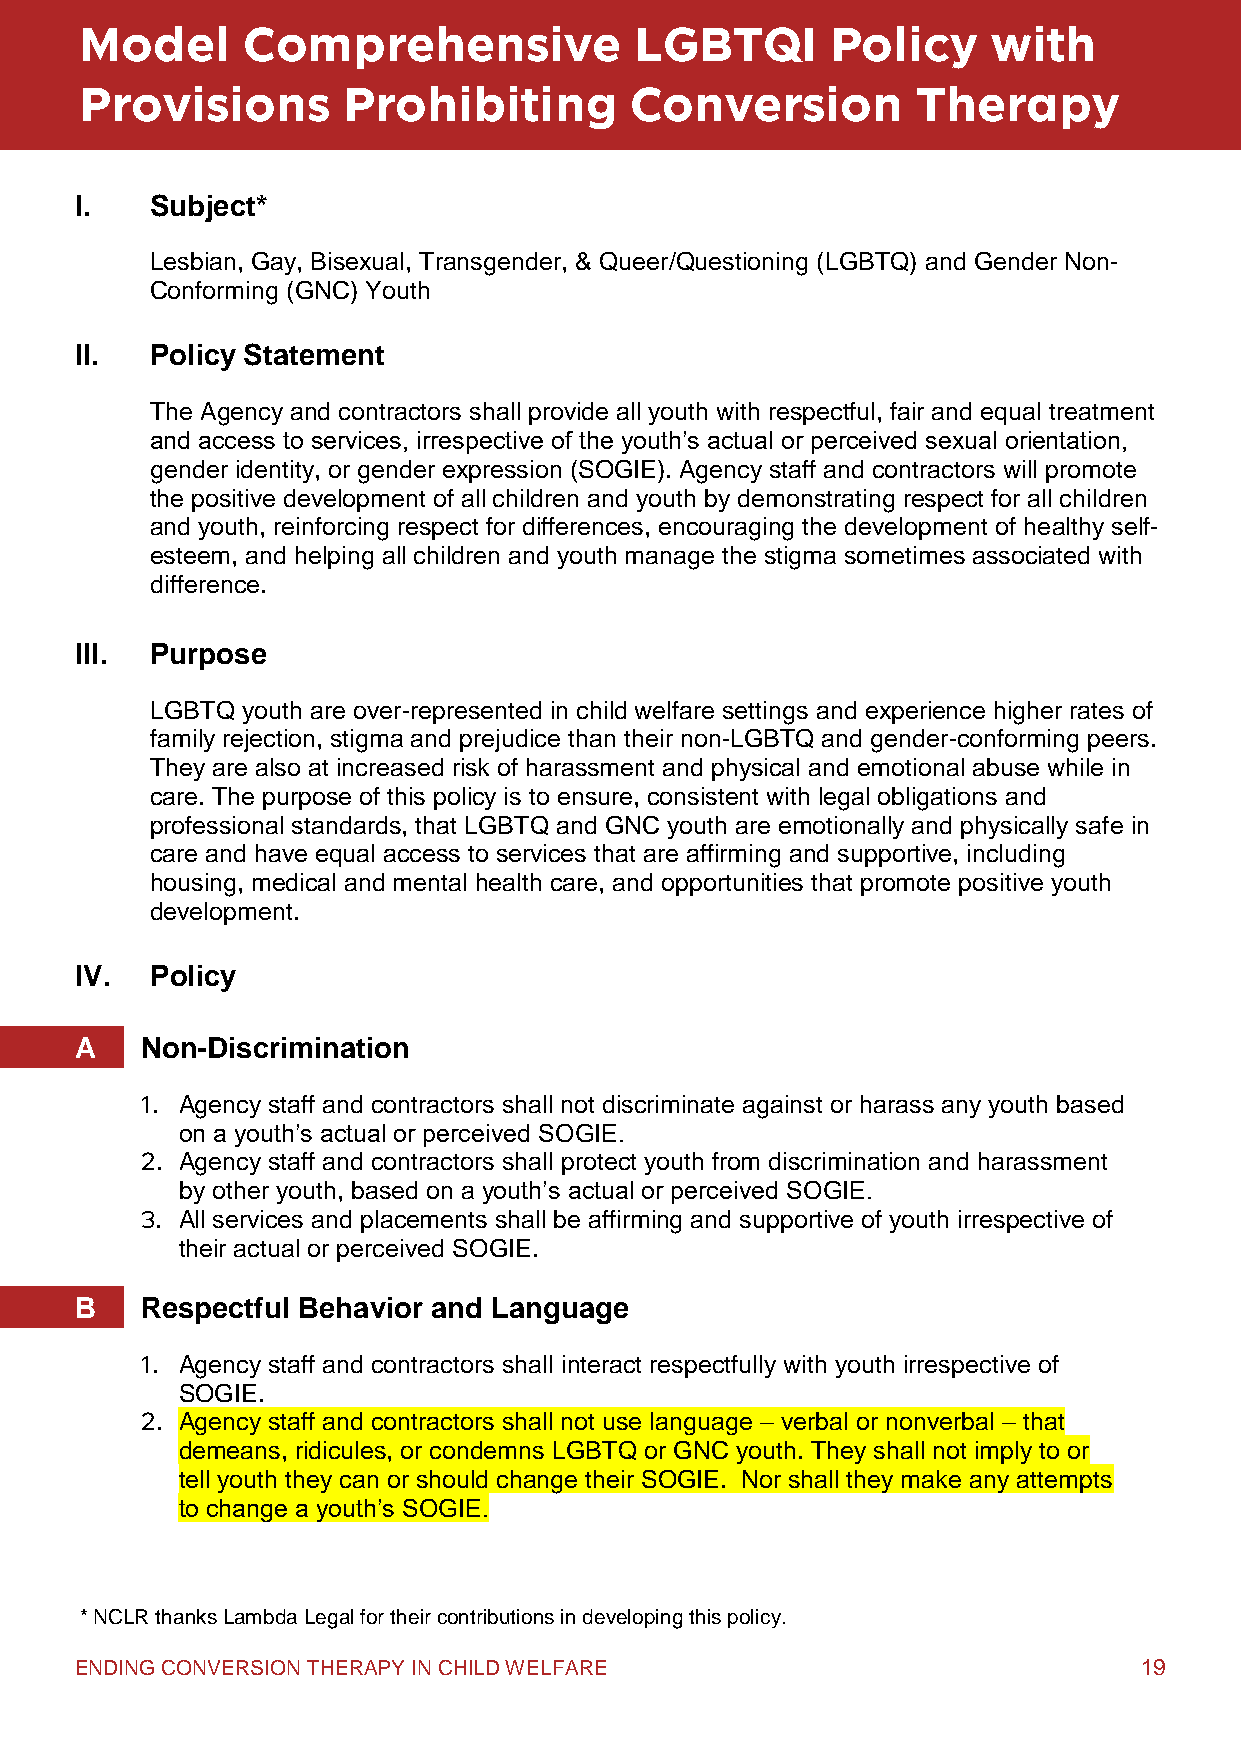
Model      Comprehensive             LGBTQI       Policy     with
 Provisions        Prohibiting        Conversion         Therapy
 I.   Subject*
 Lesbian, Gay, Bisexual, Transgender, & Queer/Questioning (LGBTQ) and Gender Non-
 Conforming (GNC) Youth
 II.  Policy Statement
 The Agency and contractors shall provide all youth with respectful, fair and equal treatment
 and access to services, irrespective of the youth’s actual or perceived sexual orientation,
 gender identity, or gender expression (SOGIE). Agency staff and contractors will promote
 the positive development of all children and youth by demonstrating respect for all children
 and youth, reinforcing respect for differences, encouraging the development of healthy self-
 esteem, and helping all children and youth manage the stigma sometimes associated with
 difference.
 III. Purpose
 LGBTQ youth are over-represented in child welfare settings and experience higher rates of
 family rejection, stigma and prejudice than their non-LGBTQ and gender-conforming peers.
 They are also at increased risk of harassment and physical and emotional abuse while in
 care. The purpose of this policy is to ensure, consistent with legal obligations and
 professional standards, that LGBTQ and GNC youth are emotionally and physically safe in
 care and have equal access to services that are affirming and supportive, including
 housing, medical and mental health care, and opportunities that promote positive youth
 development.
 IV.  Policy
 A   Non-Discrimination
 1. Agency staff and contractors shall not discriminate against or harass any youth based
 on a youth’s actual or perceived SOGIE.
 2. Agency staff and contractors shall protect youth from discrimination and harassment
 by other youth, based on a youth’s actual or perceived SOGIE.
 3. All services and placements shall be affirming and supportive of youth irrespective of
 their actual or perceived SOGIE.
 B   Respectful Behavior and Language
 1. Agency staff and contractors shall interact respectfully with youth irrespective of
 SOGIE.
 2. Agency staff and contractors shall not use language – verbal or nonverbal – that
 demeans, ridicules, or condemns LGBTQ or GNC youth. They shall not imply to or
 tell youth they can or should change their SOGIE. Nor shall they make any attempts
 to change a youth’s SOGIE.
 * NCLR tha nks Lambda Legal for their contributions in developing this policy.
 ENDING CONVERSION THERAPY IN CHILD WELFARE                            19